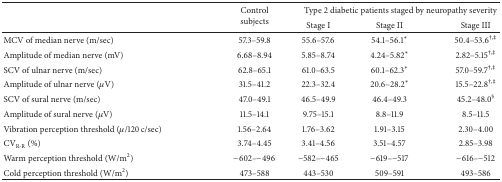
<table><thead><tr><td rowspan="2"><b> </b></td><td rowspan="2"><b>Controlsubjects</b></td><td colspan="3"><b>Type 2 diabetic patients staged by neuropathy severity</b></td></tr><tr><td><b>Stage I</b></td><td><b>Stage II</b></td><td><b>Stage III</b></td></tr></thead><tbody><tr><td>MCV of median nerve (m/sec)</td><td>57.3–59.8</td><td>55.6–57.6</td><td>54.1–56.1<sup><i>∗</i></sup></td><td>50.4–53.6<sup>†,‡</sup></td></tr><tr><td>Amplitude of median nerve (mV)</td><td>6.68–8.94</td><td>5.85–8.74</td><td>4.24–5.82<sup><i>∗</i></sup></td><td>2.82–5.15<sup>†,‡</sup></td></tr><tr><td>SCV of ulnar nerve (m/sec)</td><td>62.8–65.1</td><td>61.0–63.5</td><td>60.1–62.3<sup><i>∗</i></sup></td><td>57.0–59.7<sup>†,‡</sup></td></tr><tr><td>Amplitude of ulnar nerve (<i>μ</i>V)</td><td>31.5–41.2</td><td>22.3–32.4</td><td>20.6–28.2<sup><i>∗</i></sup></td><td>15.5–22.8<sup>†,‡</sup></td></tr><tr><td>SCV of sural nerve (m/sec)</td><td>47.0–49.1</td><td>46.5–49.9</td><td>46.4–49.3</td><td>45.2–48.0<sup>§</sup></td></tr><tr><td>Amplitude of sural nerve (<i>μ</i>V)</td><td>11.5–14.1</td><td>9.75–15.1</td><td>8.8–11.9</td><td>8.5–11.5</td></tr><tr><td>Vibration perception threshold (<i>μ</i>/120 c/sec)</td><td>1.56–2.64</td><td>1.76–3.62</td><td>1.91–3.15</td><td>2.30–4.00</td></tr><tr><td>CV<sub>R-R</sub> (%)</td><td>3.74–4.45</td><td>3.41–4.56</td><td>3.51–4.57</td><td>2.85–3.98</td></tr><tr><td>Warm perception threshold (W/m<sup>2</sup>)</td><td>−602–−496</td><td>−582–−465</td><td>−619–−517</td><td>−616–−512</td></tr><tr><td>Cold perception threshold (W/m<sup>2</sup>)</td><td>473–588</td><td>443–530</td><td>509–591</td><td>493–586</td></tr></tbody></table>